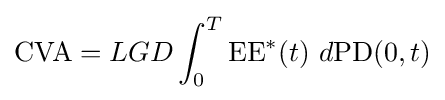
\mathrm {CVA} =LGD\int _{0}^{T}\mathrm {EE} ^{*}(t)~d\mathrm {PD} (0,t)